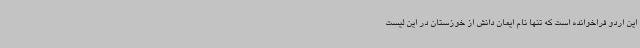
این اردو فراخوانده است که تنها نام ایمان دانش از خوزستان در این لیست